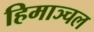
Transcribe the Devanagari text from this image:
हिमाञ्चल